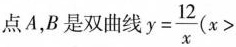
点A，B是双曲线y= \frac { 1 2 } { x } ( x ＞